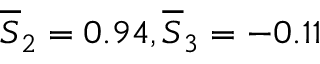
\overline { { S } } _ { 2 } = 0 . 9 4 , \overline { { S } } _ { 3 } = - 0 . 1 1